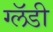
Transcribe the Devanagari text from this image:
ग्लॅडी